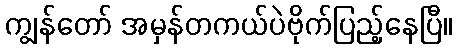
ကျွန်တော် အမှန်တကယ်ပဲဗိုက်ပြည့်နေပြီ။